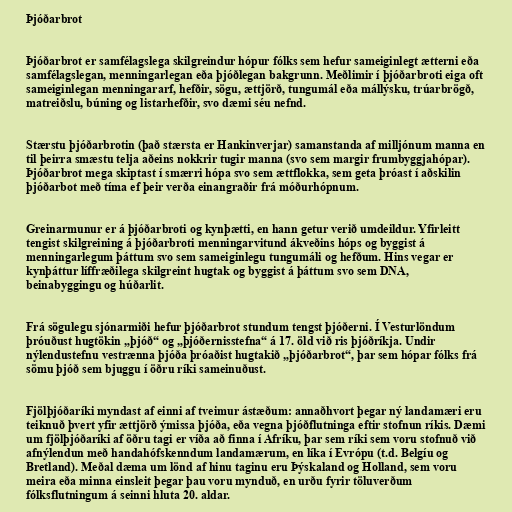
Þjóðarbrot

Þjóðarbrot er samfélagslega skilgreindur hópur fólks sem hefur sameiginlegt ætterni eða
samfélagslegan, menningarlegan eða þjóðlegan bakgrunn. Meðlimir í þjóðarbroti eiga oft
sameiginlegan menningararf, hefðir, sögu, ættjörð, tungumál eða mállýsku, trúarbrögð,
matreiðslu, búning og listarhefðir, svo dæmi séu nefnd.

Stærstu þjóðarbrotin (það stærsta er Hankinverjar) samanstanda af milljónum manna en
til þeirra smæstu telja aðeins nokkrir tugir manna (svo sem margir frumbyggjahópar).
Þjóðarbrot mega skiptast í smærri hópa svo sem ættflokka, sem geta þróast í aðskilin
þjóðarbot með tíma ef þeir verða einangraðir frá móðurhópnum.

Greinarmunur er á þjóðarbroti og kynþætti, en hann getur verið umdeildur. Yfirleitt
tengist skilgreining á þjóðarbroti menningarvitund ákveðins hóps og byggist á
menningarlegum þáttum svo sem sameiginlegu tungumáli og hefðum. Hins vegar er
kynþáttur líffræðilega skilgreint hugtak og byggist á þáttum svo sem DNA,
beinabyggingu og húðarlit.

Frá sögulegu sjónarmiði hefur þjóðarbrot stundum tengst þjóðerni. Í Vesturlöndum
þróuðust hugtökin „þjóð“ og „þjóðernisstefna“ á 17. öld við ris þjóðríkja. Undir
nýlendustefnu vestrænna þjóða þróaðist hugtakið „þjóðarbrot“, þar sem hópar fólks frá
sömu þjóð sem bjuggu í öðru ríki sameinuðust.

Fjölþjóðaríki myndast af einni af tveimur ástæðum: annaðhvort þegar ný landamæri eru
teiknuð þvert yfir ættjörð ýmissa þjóða, eða vegna þjóðflutninga eftir stofnun ríkis. Dæmi
um fjölþjóðaríki af öðru tagi er víða að finna í Afríku, þar sem ríki sem voru stofnuð við
afnýlendun með handahófskenndum landamærum, en líka í Evrópu (t.d. Belgíu og
Bretland). Meðal dæma um lönd af hinu taginu eru Þýskaland og Holland, sem voru
meira eða minna einsleit þegar þau voru mynduð, en urðu fyrir töluverðum
fólksflutningum á seinni hluta 20. aldar.